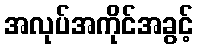
အလုပ်အကိုင်အခွင့်